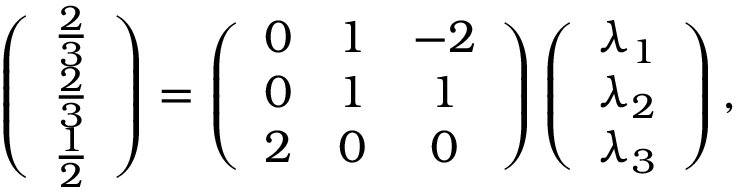
\left( \begin{array} { c } { \frac { 2 } { 3 } } \\ { \frac { 2 } { 3 } } \\ { \frac { 1 } { 2 } } \end{array} \right) = \left( \begin{array} { c c c } { 0 } & { 1 } & { - 2 } \\ { 0 } & { 1 } & { 1 } \\ { 2 } & { 0 } & { 0 } \end{array} \right) \left( \begin{array} { c } { \lambda _ { 1 } } \\ { \lambda _ { 2 } } \\ { \lambda _ { 3 } } \end{array} \right) ,